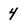
Character: 4